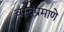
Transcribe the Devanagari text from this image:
वस्तूंप्रमाणे